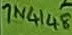
Text: 1N4148